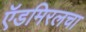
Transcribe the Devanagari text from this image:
ऍडमिरलचा